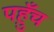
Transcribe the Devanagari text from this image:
पह़ुँच